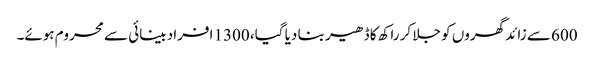
600 سے زائد گھروں کو جلا کر راکھ کا ڈھیر بنا دیا گیا، 1300 افراد بینائی سے محروم ہوئے۔